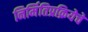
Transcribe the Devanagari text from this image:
निर्मितिप्रक्रियेचे